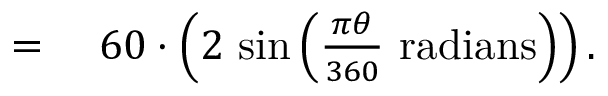
\begin{array} { r l } { = { } } & { { } 6 0 \cdot \left( 2 \, \sin \left( { \frac { \pi \theta } { 3 6 0 } } { \mathrm { ~ r a d i a n s } } \right) \right) . } \end{array}